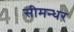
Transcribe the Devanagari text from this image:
सीमन्धर